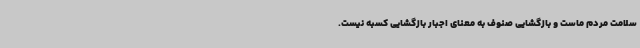
سلامت مردم ماست و بازگشایی صنوف به معنای اجبار بازگشایی کسبه نیست.